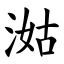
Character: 㴌